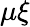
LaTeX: \mu\xi